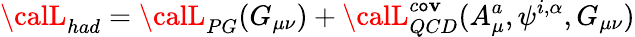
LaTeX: {\calL}_{had}={\calL}_{PG}(G_{\mu\nu})+{\calL}_{QCD}^{c\mathtt{o}\mathbf{v}}(A_{\mu}^{a},\psi^{i,\alpha},G_{\mu\nu})